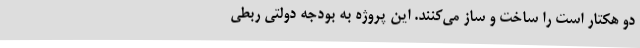
دو هکتار است را ساخت و ساز می‌کنند. این پروژه به بودجه دولتی ربطی